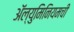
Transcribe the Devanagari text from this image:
ॲल्युमिनियमची